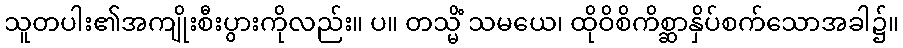
သူတပါး၏အကျိုးစီးပွားကိုလည်း။ ပ။ တသ္မိံ သမယေ၊ ထိုဝိစိကိစ္ဆာနှိပ်စက်သောအခါ၌။